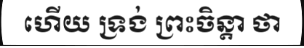
ហើយ ទ្រង់ ព្រះចិន្តា ថា